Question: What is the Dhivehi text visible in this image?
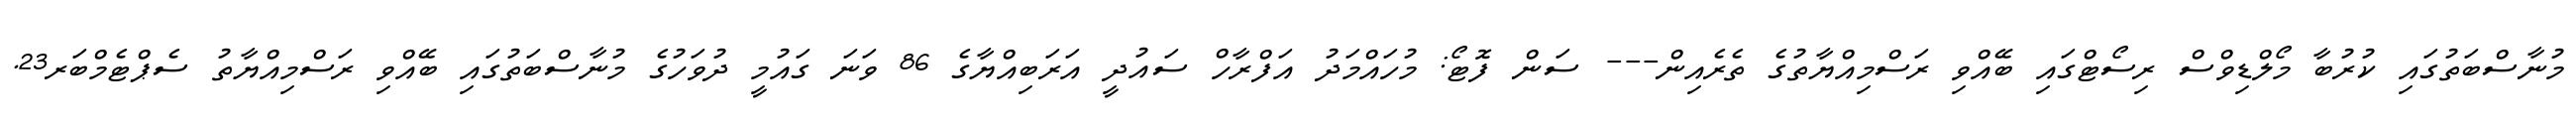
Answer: މުނާސްބަތުގައި ކުރުބާ މޯލްޑިވްސް ރިސޯޓްގައި ބޭއްވި ރަސްމިއްޔާތުގެ ތެރެއިން--- ސަން ފޮޓޯ: މުހައްމަދު އަފްރާހް ސައުދީ އަރަބިއްޔާގެ 86 ވަނަ ގައުމީ ދުވަހުގެ މުނާސްބަތުގައި ބޭއްވި ރަސްމިއްޔާތު ސެޕްޓެމްބަރ23.